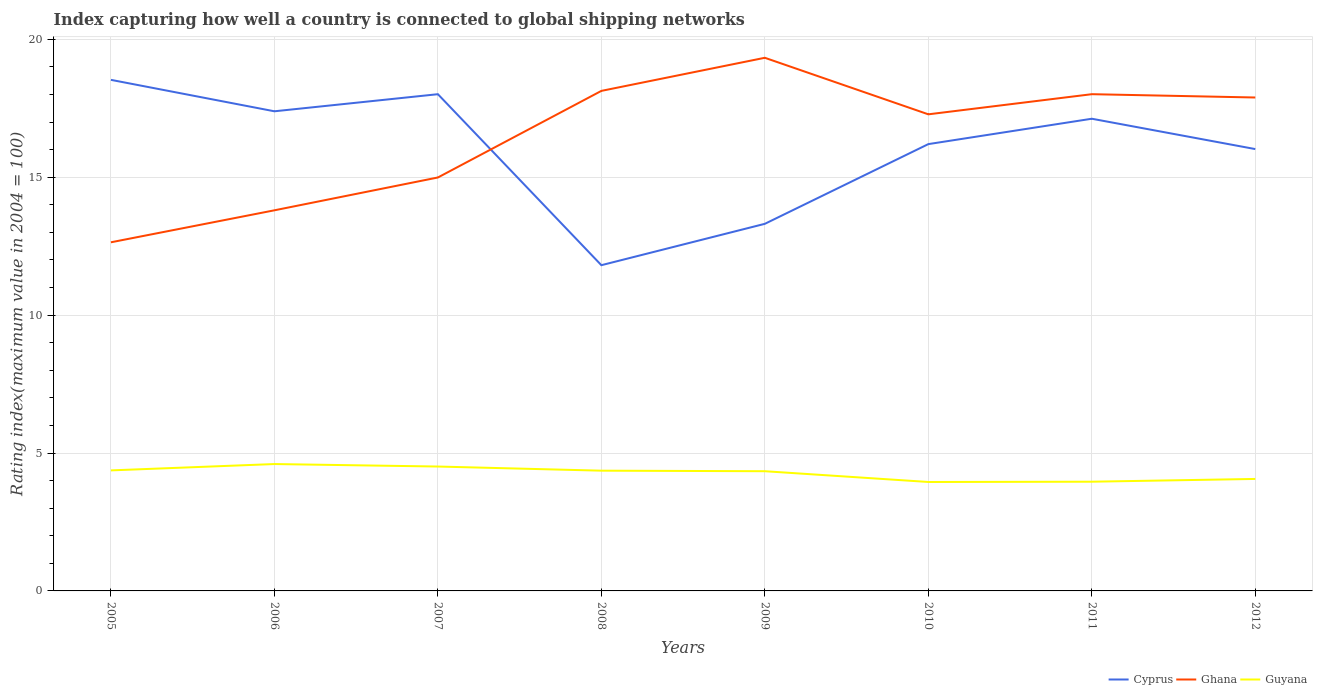
| Years | Cyprus | Ghana | Guyana |
 | --- | --- | --- | --- |
 | 2005 | 18.5 | 12.6 | 4.37 |
 | 2006 | 17.4 | 13.8 | 4.6 |
 | 2007 | 18 | 15 | 4.51 |
 | 2008 | 11.8 | 18.1 | 4.36 |
 | 2009 | 13.3 | 19.3 | 4.34 |
 | 2010 | 16.2 | 17.3 | 3.95 |
 | 2011 | 17.1 | 18 | 3.96 |
 | 2012 | 16 | 17.9 | 4.06 |